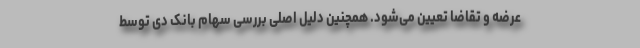
عرضه و تقاضا تعیین می‌شود. همچنین دلیل اصلی بررسی سهام بانک دی توسط